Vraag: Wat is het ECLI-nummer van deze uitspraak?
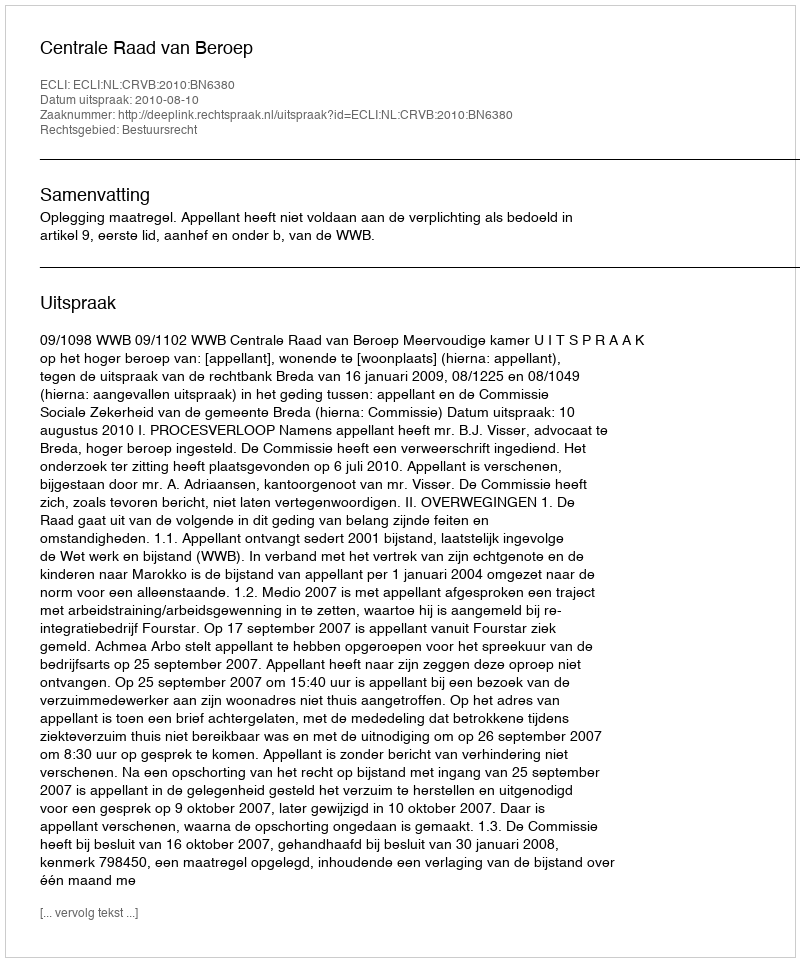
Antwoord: ECLI:NL:CRVB:2010:BN6380